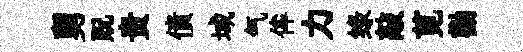
舅貺贵債域气侔力绿敲莧勸